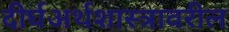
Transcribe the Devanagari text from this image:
दीर्घअर्थशास्त्रावरील